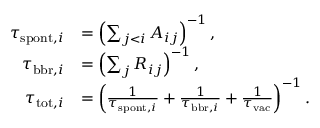
\begin{array} { r l } { \tau _ { \mathrm { s p o n t } , i } } & { = \left( \sum _ { j < i } A _ { i j } \right) ^ { - 1 } , } \\ { \tau _ { \mathrm { b b r } , i } } & { = \left( \sum _ { j } R _ { i j } \right) ^ { - 1 } , } \\ { \tau _ { \mathrm { t o t } , i } } & { = \left( \frac { 1 } { \tau _ { \mathrm { s p o n t } , i } } + \frac { 1 } { \tau _ { \mathrm { b b r } , i } } + \frac { 1 } { \tau _ { \mathrm { v a c } } } \right) ^ { - 1 } . } \end{array}